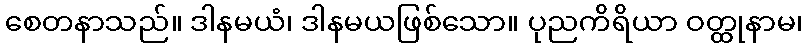
စေတနာသည်။ ဒါနမယံ၊ ဒါနမယဖြစ်သော။ ပုညကိရိယာ ဝတ္ထုနာမ၊